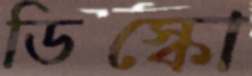
ডিস্কো